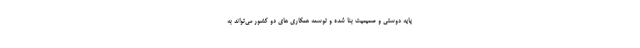
پایه دوستی و صمیمیت بنا شده و توسعه همکاری های دو کشور می‌تواند به